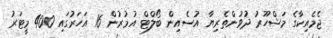
ޖެމެއިކާގެ މަޝްހޫރު ދުވުންތެރިޔާ އުސެއިން ބޯލްޓް އުމުރުން 16 އަހަރުގައި 400 މީޓަރު